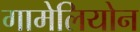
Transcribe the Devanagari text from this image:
गामेलियोन